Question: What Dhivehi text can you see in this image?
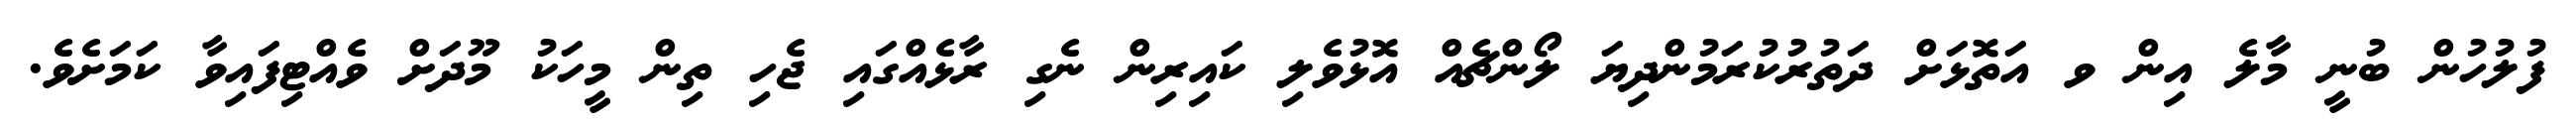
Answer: ފުލުހުން ބުނީ މާލެ އިން ވ އަތޮޅަށް ދަތުރުކުރަމުންދިޔަ ލޯންޗެއް އޮޅުވެލި ކައިރިން ނެގި ރާޅެއްގައި ޖެހި ތިން މީހަކު މޫދަށް ވެއްޓިފައިވާ ކަމަށެވެ.